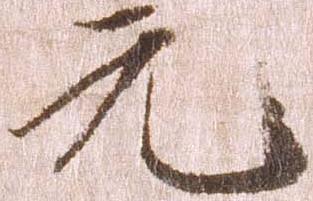
元